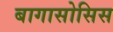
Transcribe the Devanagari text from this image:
बागासोसिस